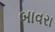
બાવરા